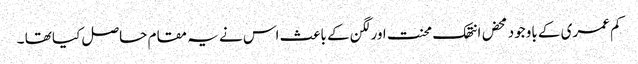
کم عمری کے باوجود محض انتھک محنت اورلگن کے باعث اس نے یہ مقام حاصل کیا تھا ۔